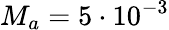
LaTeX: M_{a}=5\cdot 10^{-3}